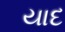
યાદ